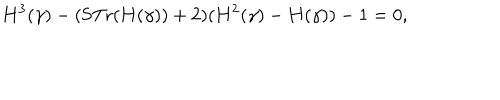
{ \bf H } ^ { 3 } ( \gamma ) - ( \mathrm { S T r } ( { \bf H } ( \gamma ) ) + 2 ) ( { \bf H } ^ { 2 } ( \gamma ) - { \bf H } ( \gamma ) ) - 1 = 0 ,